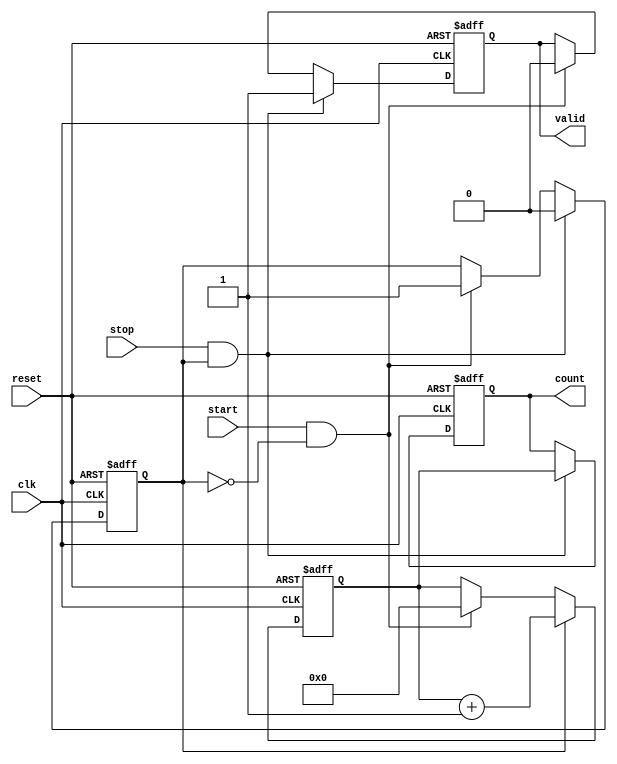
module TDC (
    input wire clk,           // Clock input
    input wire reset,         // Asynchronous reset
    input wire start,         // Start signal
    input wire stop,          // Stop signal
    output reg [N-1:0] count, // Count value output
    output reg valid          // Valid output signal
);

// Parameter definition
parameter N = 16;           // Number of bits for the counter
reg [N-1:0] counter;        // Internal counter register
reg counting;               // Counting state flag

// Asynchronous reset and control logic
always @(posedge clk or posedge reset) begin
    if (reset) begin
        counter <= 0;           // Reset the counter
        count <= 0;             // Output count reset
        valid <= 0;             // Output valid reset
        counting <= 0;          // Reset counting flag
    end else begin
        // Detect rising edge of start signal
        if (start && !counting) begin
            counting <= 1;      // Start counting
            counter <= 0;       // Reset counter when starting
            valid <= 0;         // Not valid yet
        end
        
        // Counting logic
        if (counting) begin
            counter <= counter + 1; // Increment counter on each clock
        end
        
        // Detect rising edge of stop signal
        if (stop && counting) begin
            counting <= 0;       // Stop counting
            count <= counter;    // Store counted value
            valid <= 1;          // Set valid output
        end
    end
end

endmodule